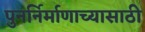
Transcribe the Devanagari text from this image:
पुनर्निर्माणाच्यासाठी